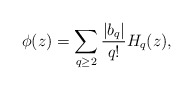
\begin{align*}\phi(z)= \sum_{q\geq 2} \frac{|b_q|}{q!} H_{q}(z),\end{align*}